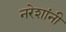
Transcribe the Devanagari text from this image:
नरेशांनी